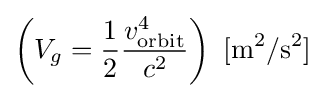
\left(V_{g}={\frac {1}{2}}{\frac {v_{\text{orbit}}^{4}}{c^{2}}}\right)\ \mathrm {[m^{2}/s^{2}]}